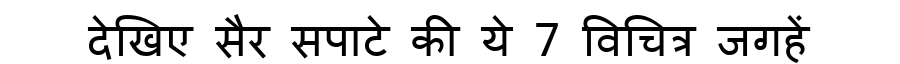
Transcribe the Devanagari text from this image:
देखिए सैर सपाटे की ये 7 विचित्र जगहें